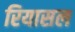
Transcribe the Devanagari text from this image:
रियासल